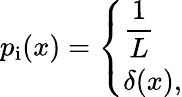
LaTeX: \begin{array}{r}{p_{\mathrm{i}}(x)=\left\{ \begin{array}{ll}{\displaystyle\frac{1}{L}}\\ {\displaystyle\delta(x),}\end{array}\right.}\end{array}